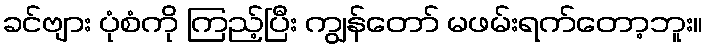
ခင်ဗျား ပုံစံကို ကြည့်ပြီး ကျွန်တော် မဖမ်းရက်တော့ဘူး။